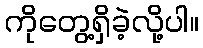
ကိုတွေ့ရှိခဲ့လို့ပါ။